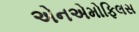
એનએમોફિલસ